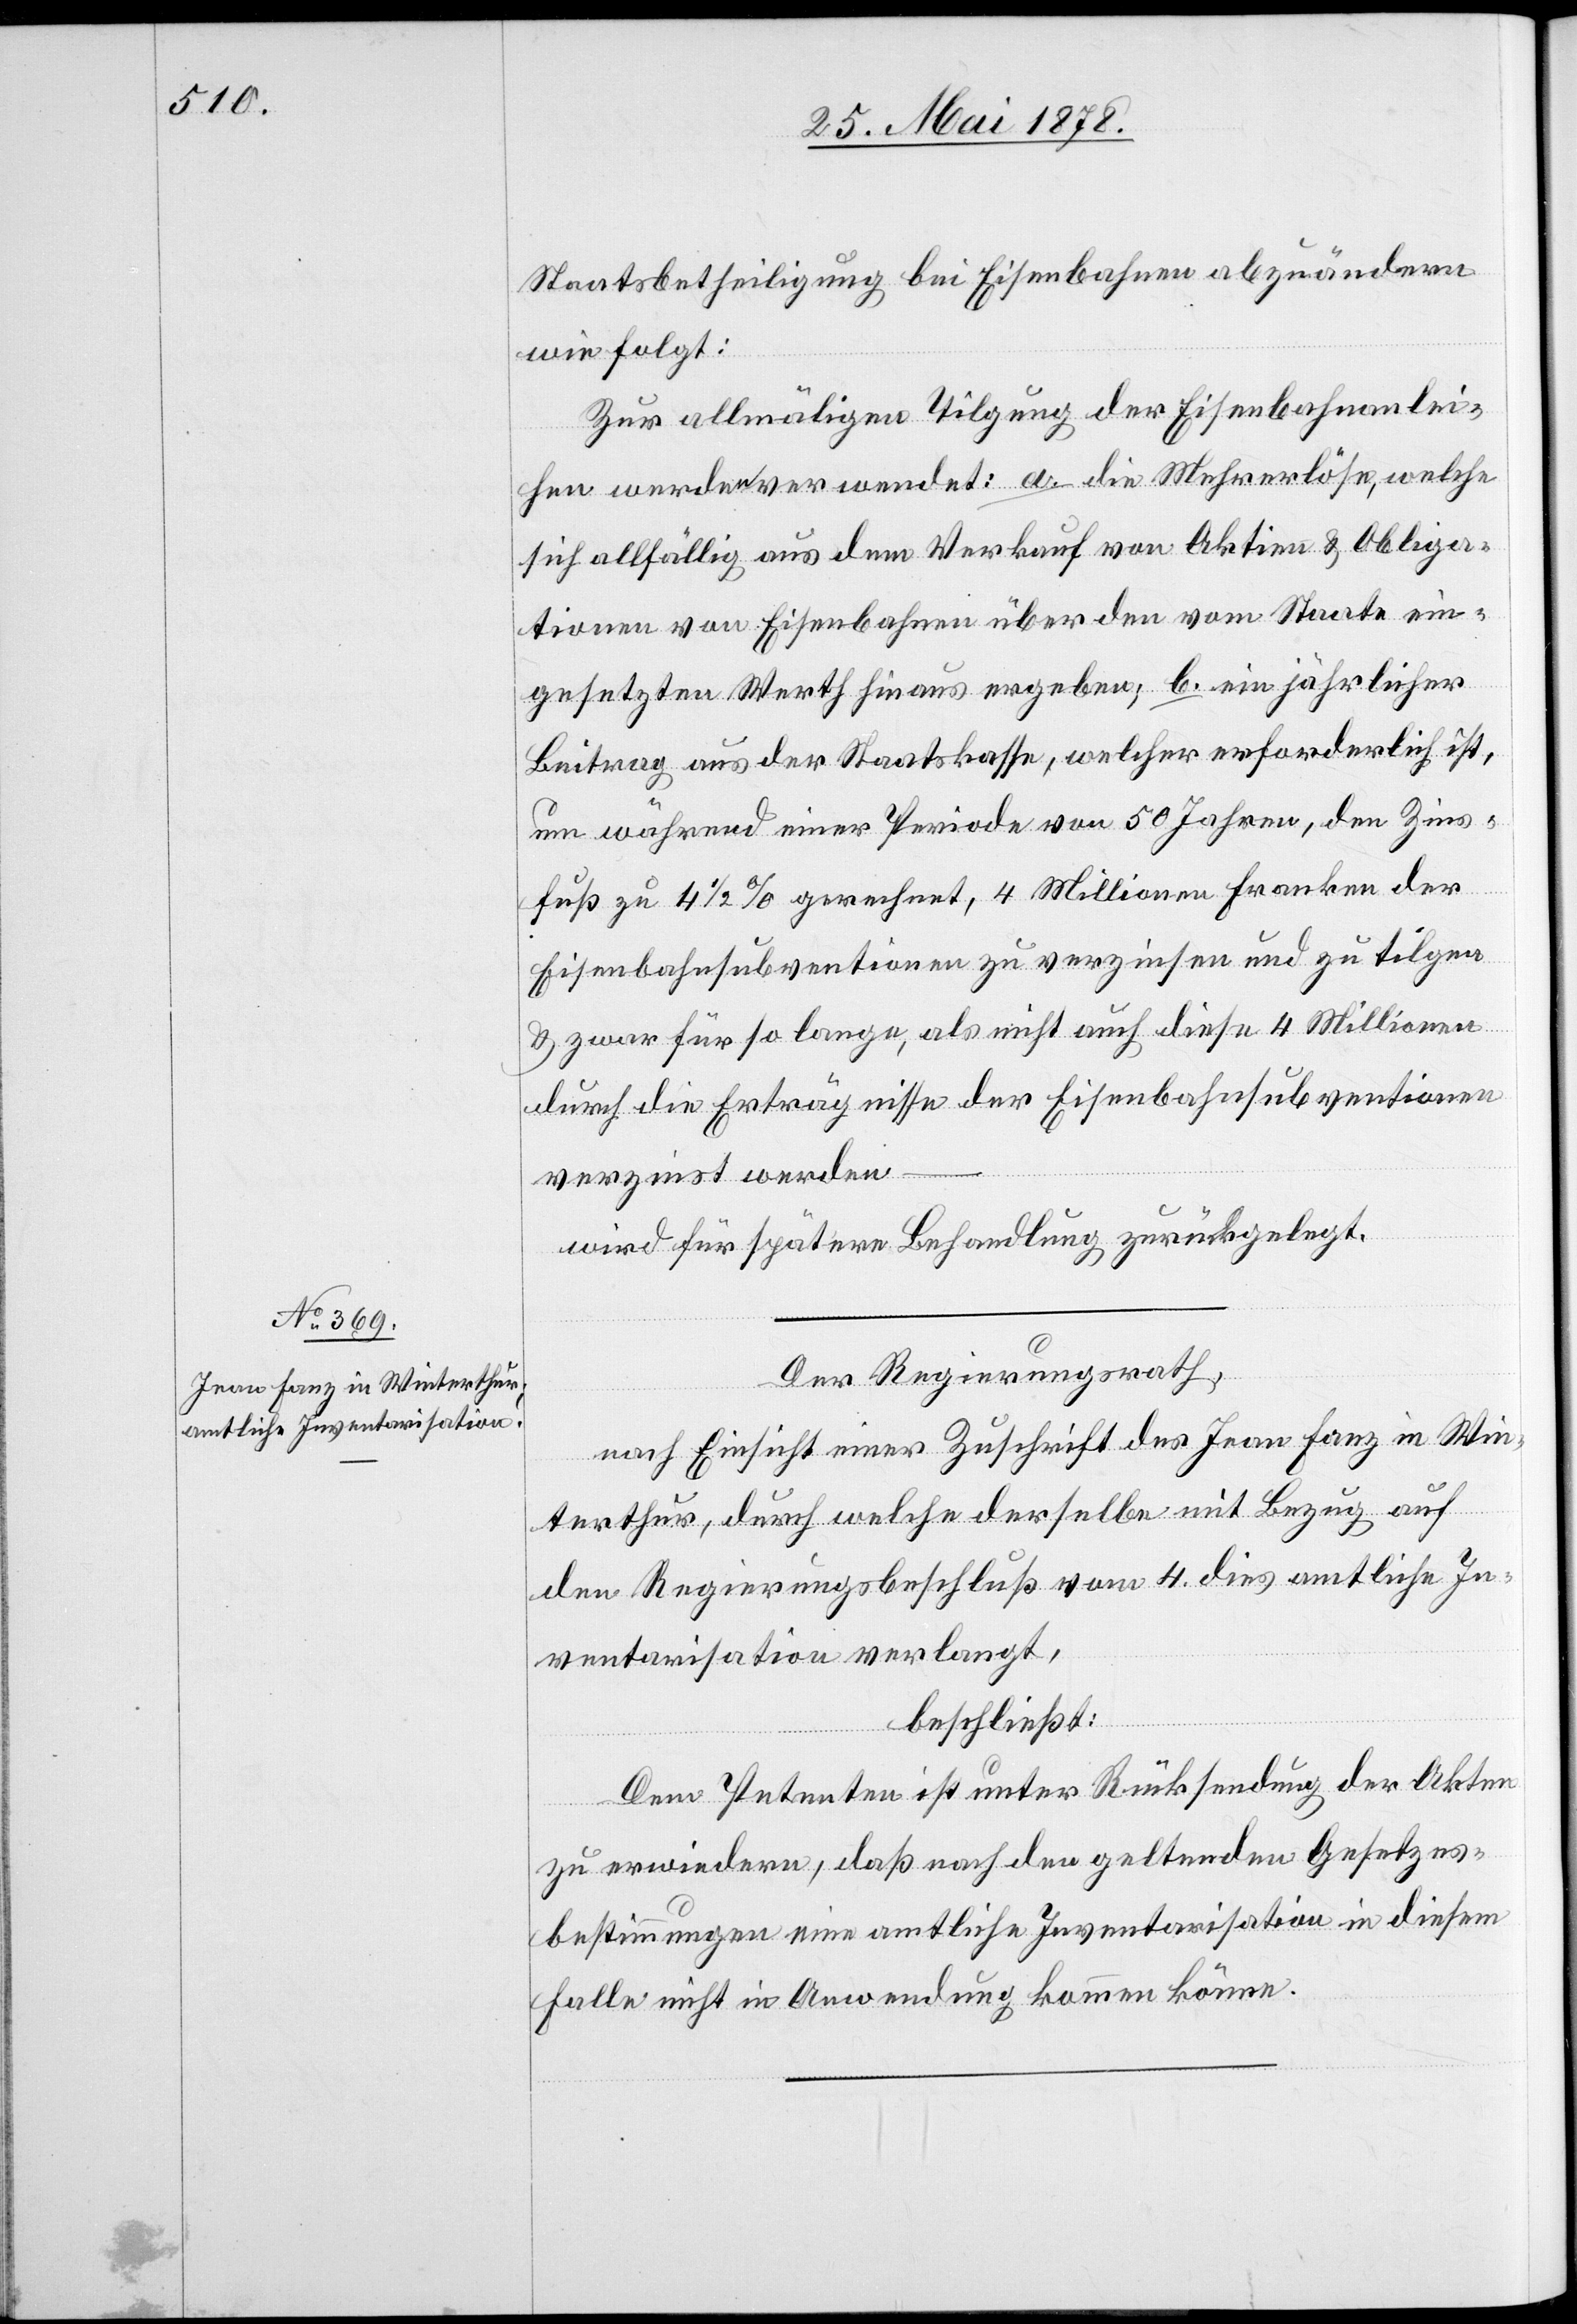
Staatsbetheiligung bei Eisenbahnen abzuändern
wie folgt:
Zur allmäligen Tilgung der Eisenbahnanlei¬
hen werden verwendet: a. die Mehrerlöse, welche
sich allfällig aus dem Verkauf von Aktien & Obliga¬
tionen von Eisenbahnen über den vom Staate ein¬
gesetzten Werth hinaus ergeben; b. ein jährlicher
Beitrag aus der Staatskasse, welcher erforderlich ist,
um während einer Periode von 50 Jahren, den Zins¬
fuß zu 4 1/2% gerechnet, 4 Millionen Franken der
Eisenbahnsubventionen zu verzinsen und zu tilgen
& zwar für so lange, als nicht auch diese 4 Millionen
durch die Erträgnisse der Eisenbahnsubventionen
verzinst werden
wird für spätere Behandlung zurückgelegt.
Der Regierungsrath,
nach Einsicht einer Zuschrift des Jean Fanz in Win¬
terthur, durch welche derselbe mit Bezug auf
den Regierungsbeschluß vom 4. dies amtliche In¬
ventarisation verlangt,
beschließt:
Dem Petenten ist unter Rücksendung der Akten
zu erwiedern, daß nach den geltenden Gesetzes¬
bestimmungen eine amtliche Inventarisation in diesem
Falle nicht in Anwendung kommen könne.